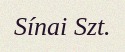
Sínai Szt.